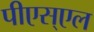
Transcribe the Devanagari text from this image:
पीएस्एल